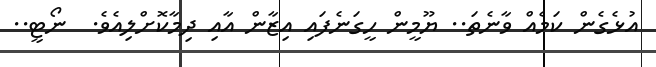
އުޅެގެން ކަމެއް ވާނެތަ.. ޔޫމީން ހީގަނެފައި އިޒާން އާއި ދިމާކޮށްލިއެވެ.  ނޯޓީ..